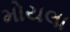
મોયલા